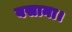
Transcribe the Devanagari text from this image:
बसाना।